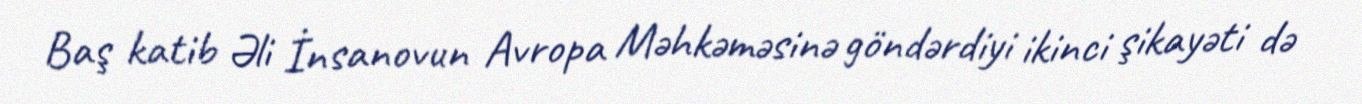
Baş katib Əli İnsanovun Avropa Məhkəməsinə göndərdiyi ikinci şikayəti də